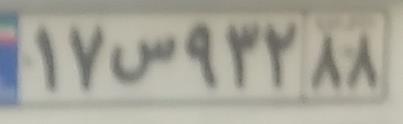
۱۷س۹۳۲۸۸